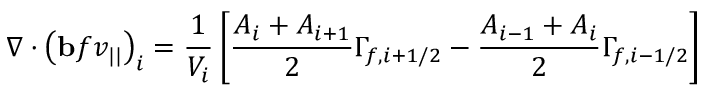
\nabla \cdot \left( \mathbf { b } f v _ { | | } \right) _ { i } = \frac { 1 } { V _ { i } } \left[ \frac { A _ { i } + A _ { i + 1 } } { 2 } \Gamma _ { f , i + 1 / 2 } - \frac { A _ { i - 1 } + A _ { i } } { 2 } \Gamma _ { f , i - 1 / 2 } \right]